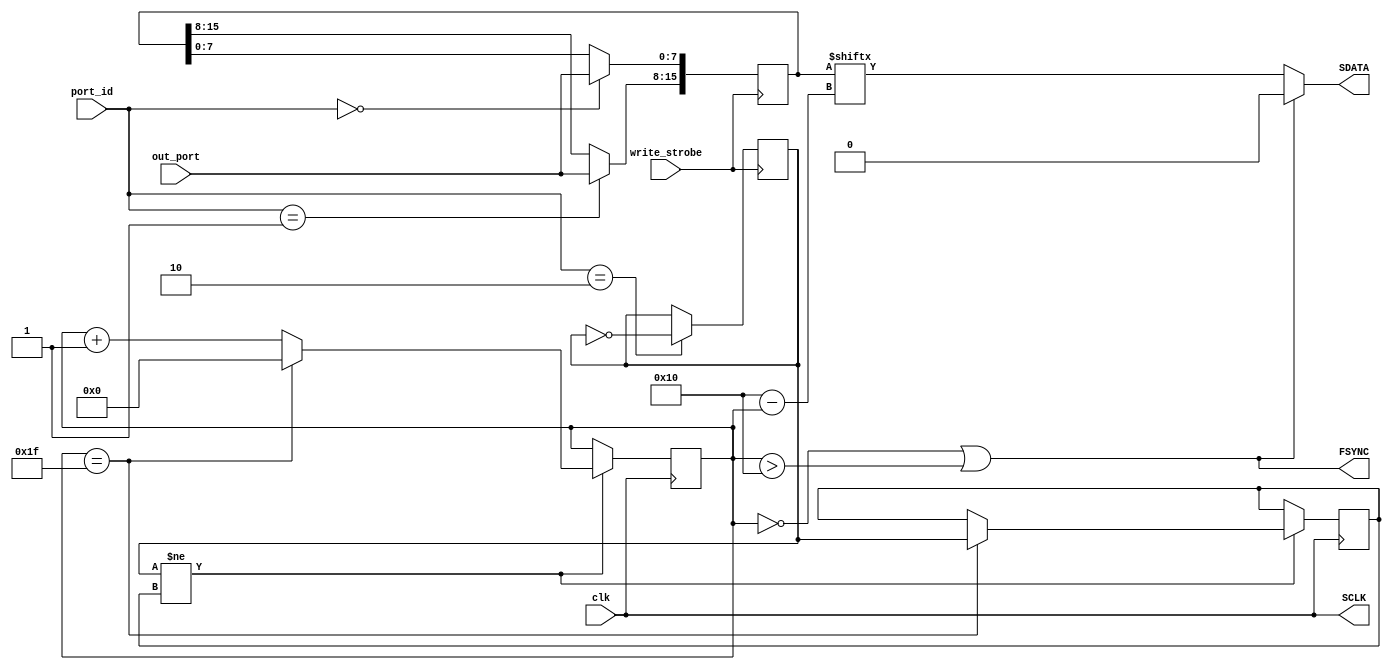
`timescale 1ns / 1ps
//////////////////////////////////////////////////////////////////////////////////
// Engineer: 
// Module Name:    dds 
// Revision: 
//////////////////////////////////////////////////////////////////////////////////
module dds #(parameter BASE = 0)(
    // clk
	 input wire clk,
	 // out
	 output wire FSYNC,
	 output wire SCLK,
	 output wire SDATA,
	 // io
    input [7:0] port_id,
    input [7:0] out_port,
    input write_strobe
);

reg [4:0] pos;
reg [15:0] data;
reg flagA;
reg flagB;

always @ (posedge clk)
begin
  if (flagA != flagB)
  begin
    if (pos == 5'b11111)
	 begin
	   flagB <= flagA;
		pos <= 0;
	 end else begin
	   pos <= pos + 1;
	 end
  end
end

assign SCLK = clk;
assign FSYNC = (pos == 0) || (pos > 16);
assign SDATA = (~FSYNC) ? data[16-pos] : 0;

// up
always @ (posedge write_strobe)
begin
  if (port_id == BASE + 0)
  begin
    data[7:0] <= out_port[7:0];
  end
  if (port_id == BASE + 1)
  begin
    data[15:8] <= out_port[7:0];
  end
  if (port_id == BASE + 2)
  begin
	 flagA <= ~flagA;
  end
end

initial 
begin
  pos <= 0;
  data <= 0;
  flagA <= 0;
  flagB <= 0;
end

endmodule